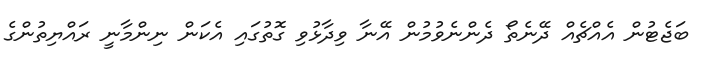
ބަޖެޓުން އެއްޗެއް ދޭނެތޯ ދެންނެވުމުން އޭނާ ވިދާޅުވި ގޮތުގައި އެކަން ނިންމާނީ ރައްޔިތުންގެ